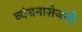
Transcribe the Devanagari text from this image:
व्यंजनाशेजारी